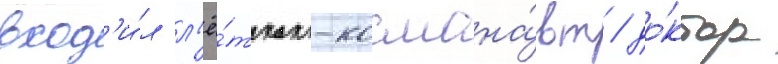
вход'и́л л'ё́тчик-космона́вт / до́ктор